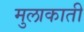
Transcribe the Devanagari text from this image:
मुलाकाती